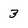
Character: 3